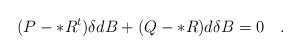
\begin{align*}(P-*R^t)\delta d B+(Q-*R)d \delta B=0 \quad.\end{align*}